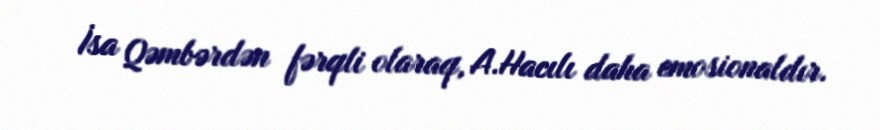
İsa Qəmbərdən fərqli olaraq, A.Hacılı daha emosionaldır.